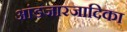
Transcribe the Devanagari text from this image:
आंडजारजादिका